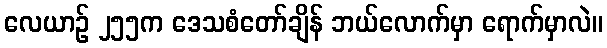
လေယာဉ် ၂၅၅က ဒေသစံတော်ချိန် ဘယ်လောက်မှာ ရောက်မှာလဲ။